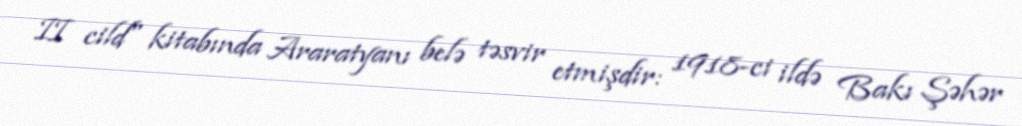
II cild" kitabında Araratyanı belə təsvir etmişdir: 1918-ci ildə Bakı Şəhər